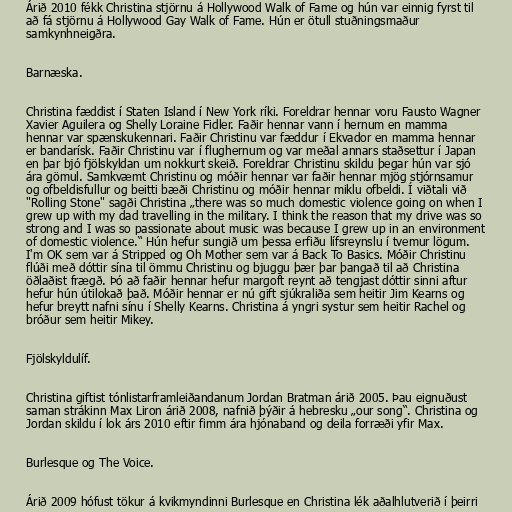
Árið 2010 fékk Christina stjörnu á Hollywood Walk of Fame og hún var einnig fyrst til
að fá stjörnu á Hollywood Gay Walk of Fame. Hún er ötull stuðningsmaður
samkynhneigðra.

Barnæska.

Christina fæddist í Staten Island í New York ríki. Foreldrar hennar voru Fausto Wagner
Xavier Aguilera og Shelly Loraine Fidler. Faðir hennar vann í hernum en mamma
hennar var spænskukennari. Faðir Christinu var fæddur í Ekvador en mamma hennar
er bandarísk. Faðir Christinu var í flughernum og var meðal annars staðsettur í Japan
en þar bjó fjölskyldan um nokkurt skeið. Foreldrar Christinu skildu þegar hún var sjó
ára gömul. Samkvæmt Christinu og móðir hennar var faðir hennar mjög stjórnsamur
og ofbeldisfullur og beitti bæði Christinu og móðir hennar miklu ofbeldi. Í viðtali við
"Rolling Stone" sagði Christina „there was so much domestic violence going on when I
grew up with my dad travelling in the military. I think the reason that my drive was so
strong and I was so passionate about music was because I grew up in an environment
of domestic violence.“ Hún hefur sungið um þessa erfiðu lífsreynslu í tvemur lögum.
I'm OK sem var á Stripped og Oh Mother sem var á Back To Basics. Móðir Christinu
flúði með dóttir sína til ömmu Christinu og bjuggu þær þar þangað til að Christina
öðlaðist frægð. Þó að faðir hennar hefur margoft reynt að tengjast dóttir sinni aftur
hefur hún útilokað það. Móðir hennar er nú gift sjúkraliða sem heitir Jim Kearns og
hefur breytt nafni sínu í Shelly Kearns. Christina á yngri systur sem heitir Rachel og
bróður sem heitir Mikey.

Fjölskyldulíf.

Christina giftist tónlistarframleiðandanum Jordan Bratman árið 2005. Þau eignuðust
saman strákinn Max Liron árið 2008, nafnið þýðir á hebresku „our song“. Christina og
Jordan skildu í lok árs 2010 eftir fimm ára hjónaband og deila forræði yfir Max.

Burlesque og The Voice.

Árið 2009 hófust tökur á kvikmyndinni Burlesque en Christina lék aðalhlutverið í þeirri